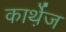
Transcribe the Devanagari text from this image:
कार्थ़ेज